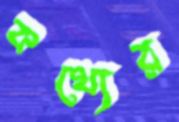
কথ্যের